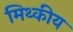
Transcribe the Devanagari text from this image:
मिथ्कीय